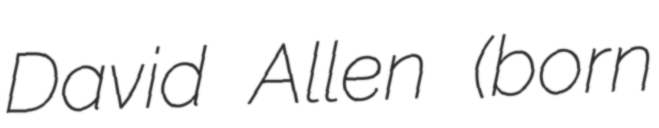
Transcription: David Allen (born